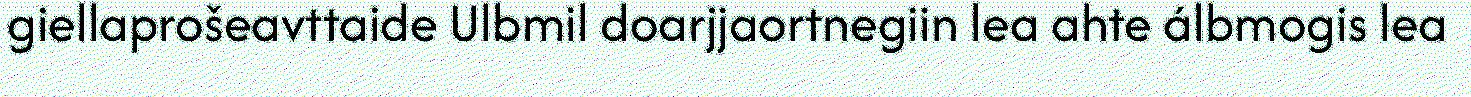
giellaprošeavttaide Ulbmil doarjjaortnegiin lea ahte álbmogis lea